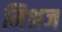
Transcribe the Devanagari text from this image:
मिश्रज